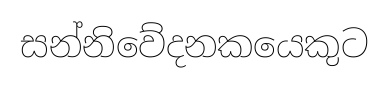
සන්නිවේදනකයෙකුට